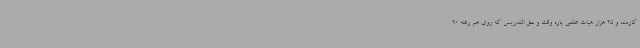
کارمند و 25 هزار هیات علمی پاره وقت و حق التدریس که روی هم رفته 90